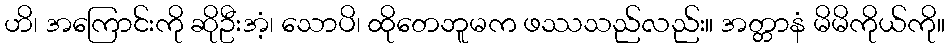
ဟိ၊ အကြောင်းကို ဆိုဦးအံ့၊ သောပိ၊ ထိုတေဘူမက ဖဿသည်လည်း။ အတ္တာနံ မိမိကိုယ်ကို။